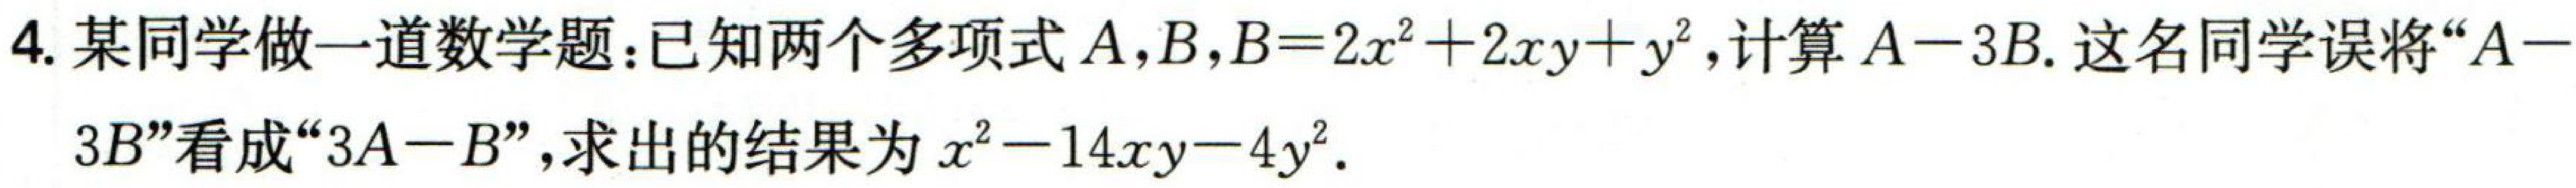
4. 某同学做一道数学题：已知两个多项式\(A,B\)，\(B = 2x^{2}+2xy + y^{2}\)，计算\(A - 3B\). 这名同学误将“\(A - 3B\)”看成“\(3A - B\)”，求出的结果为\(x^{2}-14xy - 4y^{2}\).